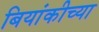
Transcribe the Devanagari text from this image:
बियांकीच्या